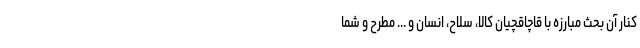
کنار آن بحث مبارزه با قاچاقچیان کالا، سلاح، انسان و ... مطرح و شما